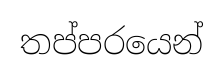
තප්පරයෙන්